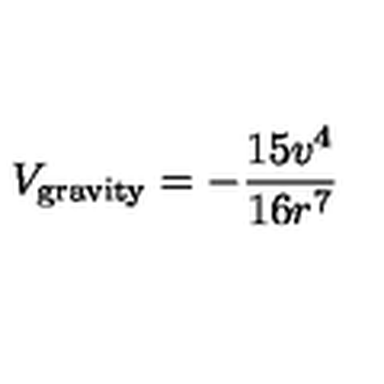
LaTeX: V _ { \mathrm { g r a v i t y } } = - \frac { 1 5 v ^ { 4 } } { 1 6 r ^ { 7 } }